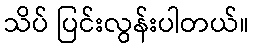
သိပ် ပြင်းလွန်းပါတယ်။